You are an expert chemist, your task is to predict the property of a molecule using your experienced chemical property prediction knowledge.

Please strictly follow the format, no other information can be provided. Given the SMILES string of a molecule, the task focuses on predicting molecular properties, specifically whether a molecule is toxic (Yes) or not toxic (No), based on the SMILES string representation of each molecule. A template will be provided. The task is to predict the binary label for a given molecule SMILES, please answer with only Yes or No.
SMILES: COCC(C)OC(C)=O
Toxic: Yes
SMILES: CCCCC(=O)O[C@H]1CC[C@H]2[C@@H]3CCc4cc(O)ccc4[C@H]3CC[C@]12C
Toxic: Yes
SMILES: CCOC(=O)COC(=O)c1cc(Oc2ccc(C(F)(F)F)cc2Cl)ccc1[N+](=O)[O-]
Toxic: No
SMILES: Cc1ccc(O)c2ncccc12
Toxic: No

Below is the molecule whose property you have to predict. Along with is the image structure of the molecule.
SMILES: CCCC[Sn](Cl)(Cl)Cl
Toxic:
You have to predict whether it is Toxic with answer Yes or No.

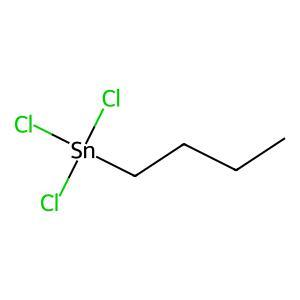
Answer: No